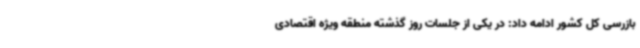
بازرسی کل کشور ادامه داد: در یکی از جلسات روز گذشته منطقه ویژه اقتصادی